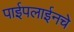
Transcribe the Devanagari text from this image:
पाईपलाईनचे